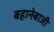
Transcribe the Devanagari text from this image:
बहानेबाजी